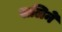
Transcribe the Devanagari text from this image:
सलिने